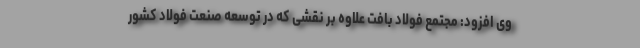
وی افزود: مجتمع فولاد بافت علاوه بر نقشی که در توسعه صنعت فولاد کشور